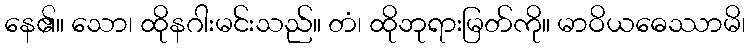
နေ၏။ သော၊ ထိုနဂါးမင်းသည်။ တံ၊ ထိုဘုရားမြတ်ကို။ မာဝိယဓေဿာမိ၊